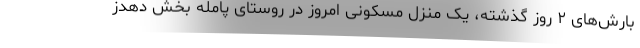
بارش‌های ۲ روز گذشته، یک منزل مسکونی امروز در روستای پامله بخش دهدز